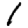
Digit: 1